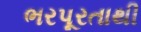
ભરપૂરતાથી